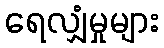
ရေလျှံမှုများ